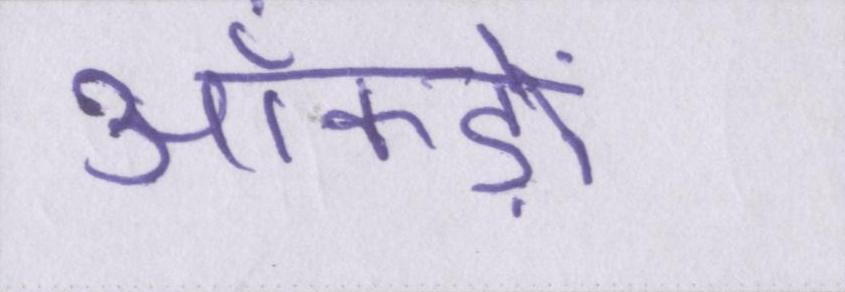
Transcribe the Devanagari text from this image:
आँकड़ों